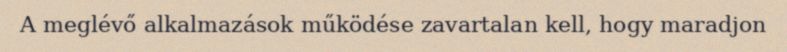
A meglévő alkalmazások működése zavartalan kell, hogy maradjon